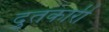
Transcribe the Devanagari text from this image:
दुतकारी